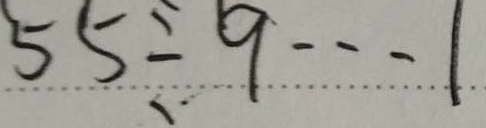
5 5 \div 9 \cdots 1